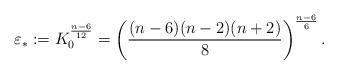
LaTeX: \begin{align*}\varepsilon_{*}:=K_0^{\frac{n-6}{12}}=\left(\frac{(n-6)(n-2)(n+2)}{8}\right)^{\frac{n-6}{6}}.\end{align*}